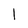
Character: l